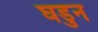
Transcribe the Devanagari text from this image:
घडुन